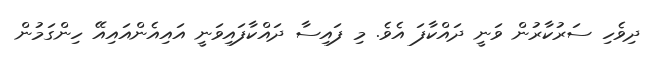
ދިވެހި ސަރުކާރުން ވަނީ ދައްކާފަ އެވެ. މި ފައިސާ ދައްކާފައިވަނީ އައިއެންއައިއޭ ހިންގަމުން